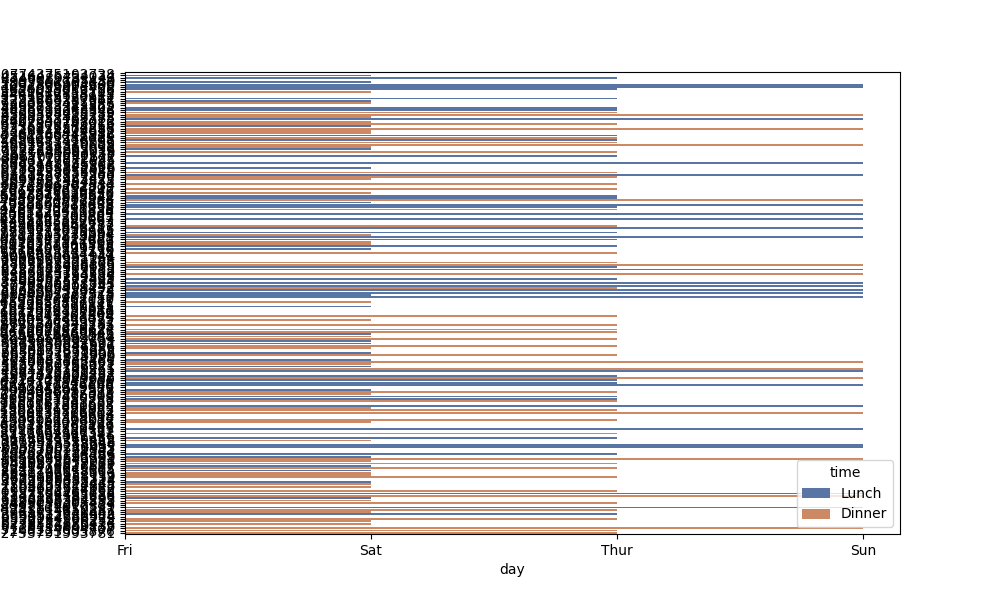
python, seaborn, barplot, hue='time', palette='deep', ci=95, orient='h'